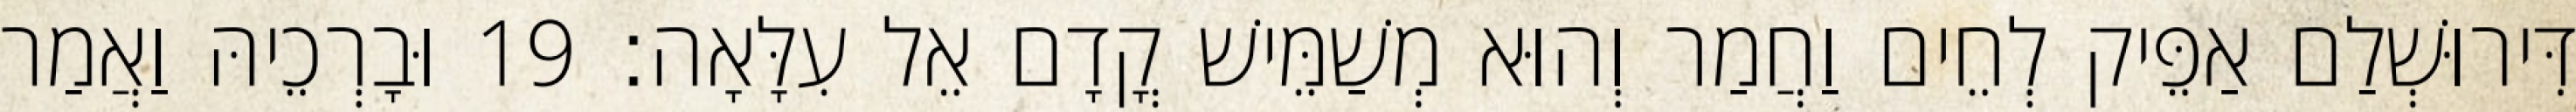
דִּירוּשְׁלַם אַפֵּיק לְחֵים וַחֲמַר וְהוּא מְשַׁמֵּישׁ קֳדָם אֵל עִלָּאָה׃ 19 וּבָרְכֵיהּ וַאֲמַר